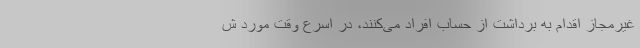
غیرمجاز اقدام به برداشت از حساب افراد می‌کنند، در اسرع وقت مورد ش